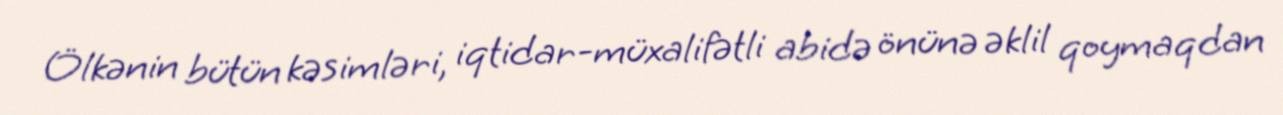
Ölkənin bütün kəsimləri, iqtidar-müxalifətli abidə önünə əklil qoymaqdan